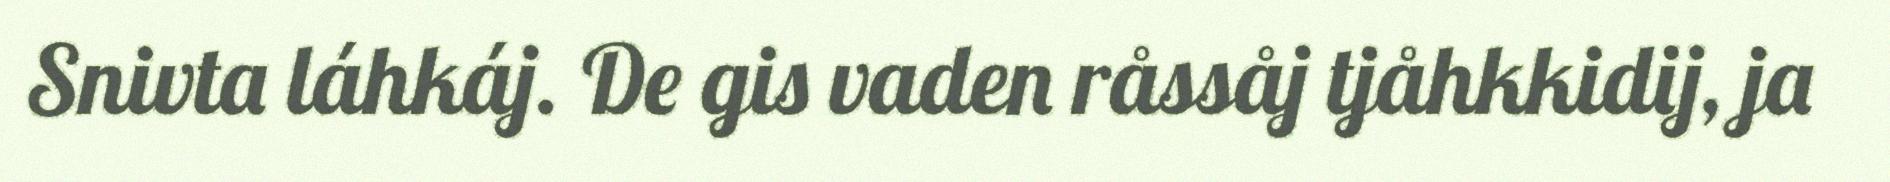
Snivta láhkáj. De gis vaden råssåj tjåhkkidij, ja